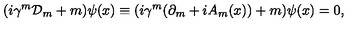
( i \gamma ^ { m } { \cal D } _ { m } + m ) \psi ( x ) \equiv ( i \gamma ^ { m } ( \partial _ { m } + i A _ { m } ( x ) ) + m ) \psi ( x ) = 0 ,